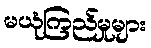
မယုံကြည်မှုများ